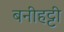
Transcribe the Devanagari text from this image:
बनीहट्टी